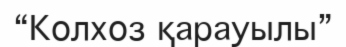
“Колхоз қарауылы”